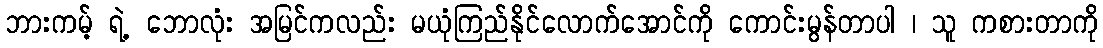
ဘားကမ့် ရဲ့ ဘောလုံး အမြင်ကလည်း မယုံကြည်နိုင်လောက်အောင်ကို ကောင်းမွန်တာပါ ၊ သူ ကစားတာကို